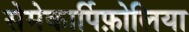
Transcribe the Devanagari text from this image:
सेमेकार्पिफ़ोलिया